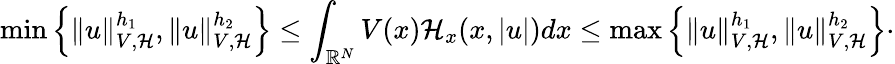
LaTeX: \operatorname*{min}\left\lbrace\| u\| _{V,\mathcal{H}}^{h_{1}},\| u\| _{V,\mathcal{H}}^{h_{2}}\right\rbrace\leq\int_{{\mathbb R}^{N}}V(x)\mathcal{H}_{x}(x,|u|)dx\leq\operatorname*{max}\left\lbrace\| u\| _{V,\mathcal{H}}^{h_{1}},\| u\| _{V,\mathcal{H}}^{h_{2}}\right\rbrace\cdot